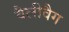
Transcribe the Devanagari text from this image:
वैलीवैग